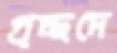
প্রচ্ছদে